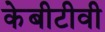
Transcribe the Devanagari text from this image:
केबीटीवी